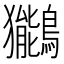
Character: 𫛖